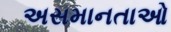
અસમાનતાઓ